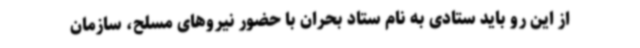
از این رو باید ستادی به نام ستاد بحران با حضور نیروهای مسلح، سازمان